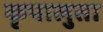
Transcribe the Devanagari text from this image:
कृपालुता